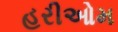
હરીઓમ